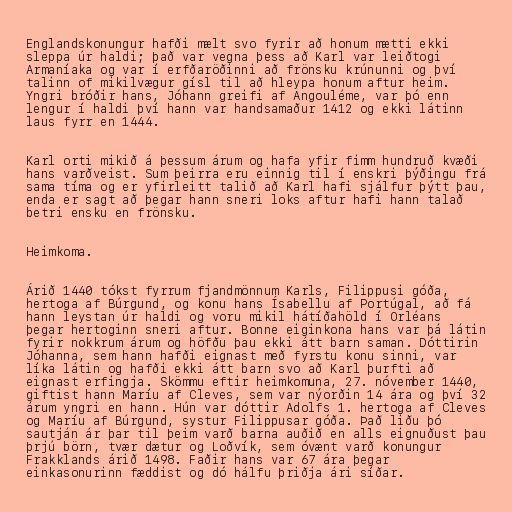
Englandskonungur hafði mælt svo fyrir að honum mætti ekki
sleppa úr haldi; það var vegna þess að Karl var leiðtogi
Armaníaka og var í erfðaröðinni að frönsku krúnunni og því
talinn of mikilvægur gísl til að hleypa honum aftur heim.
Yngri bróðir hans, Jóhann greifi af Angouléme, var þó enn
lengur í haldi því hann var handsamaður 1412 og ekki látinn
laus fyrr en 1444.

Karl orti mikið á þessum árum og hafa yfir fimm hundruð kvæði
hans varðveist. Sum þeirra eru einnig til í enskri þýðingu frá
sama tíma og er yfirleitt talið að Karl hafi sjálfur þýtt þau,
enda er sagt að þegar hann sneri loks aftur hafi hann talað
betri ensku en frönsku.

Heimkoma.

Árið 1440 tókst fyrrum fjandmönnum Karls, Filippusi góða,
hertoga af Búrgund, og konu hans Ísabellu af Portúgal, að fá
hann leystan úr haldi og voru mikil hátíðahöld í Orléans
þegar hertoginn sneri aftur. Bonne eiginkona hans var þá látin
fyrir nokkrum árum og höfðu þau ekki átt barn saman. Dóttirin
Jóhanna, sem hann hafði eignast með fyrstu konu sinni, var
líka látin og hafði ekki átt barn svo að Karl þurfti að
eignast erfingja. Skömmu eftir heimkomuna, 27. nóvember 1440,
giftist hann Maríu af Cleves, sem var nýorðin 14 ára og því 32
árum yngri en hann. Hún var dóttir Adolfs 1. hertoga af Cleves
og Maríu af Búrgund, systur Filippusar góða. Það liðu þó
sautján ár þar til þeim varð barna auðið en alls eignuðust þau
þrjú börn, tvær dætur og Loðvík, sem óvænt varð konungur
Frakklands árið 1498. Faðir hans var 67 ára þegar
einkasonurinn fæddist og dó hálfu þriðja ári síðar.